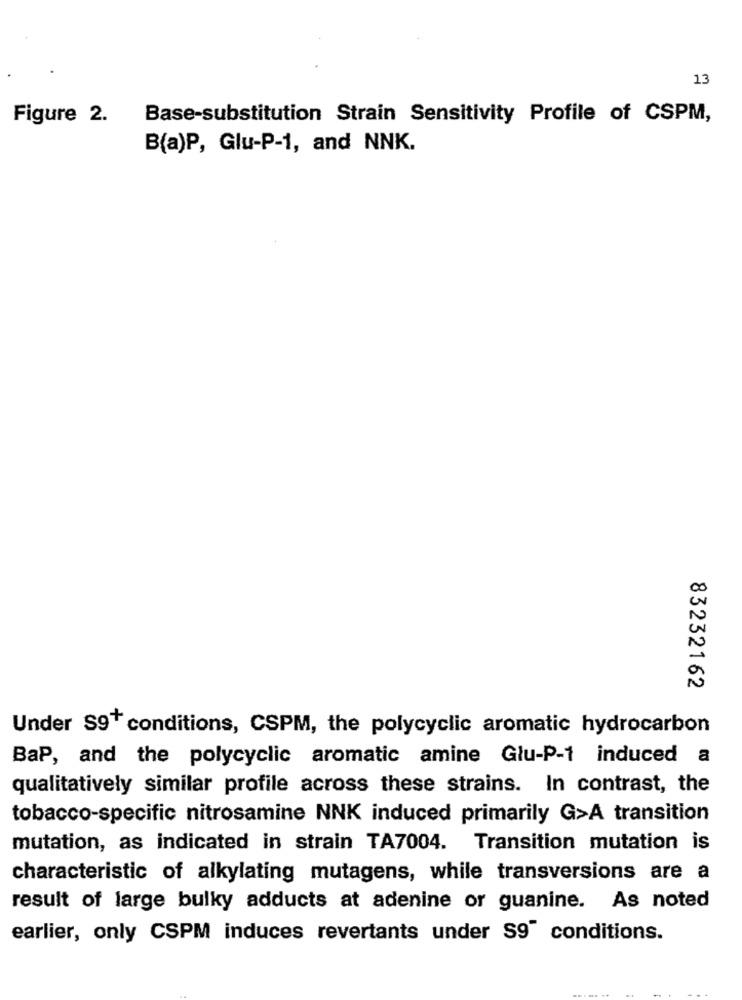
13
Figure 2.
Base-substitution Strain Sensitivity Profile of CSPM,
B(a)P, Glu-P-1, and NNK.
00
N
83232162
Under S9+ conditions, CSPM, the polycyclic aromatic hydrocarbon
BaP, and the polycyclic aromatic amine Glu-P-1 induced a
qualitatively similar profile across these strains. In contrast, the
tobacco-specific nitrosamine NNK induced primarily G>A transition
mutation, as indicated in strain TA7004. Transition mutation is
characteristic of alkylating mutagens, while transversions are a
result of large bulky adducts at adenine or guanine. As noted
earlier, only CSPM induces revertants under S9" conditions.